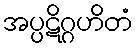
အပ္ပဋိဂ္ဂဟိတံ